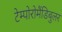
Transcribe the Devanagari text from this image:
टेम्पोरोमैंडिबुलर